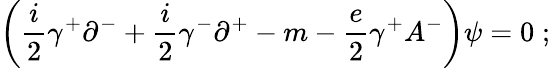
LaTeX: \biggl({\frac{i}{2}}\gamma^{+}\partial^{-}+{\frac{i}{2}}\gamma^{-}\partial^{+}-m-{\frac{e}{2}}\gamma^{+}A^{-}\biggr)\psi=0\; ;